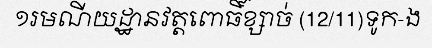
១រមណីយដ្ឋានវត្តពោធិ៍ខ្សាច់ (12/11)ទូក-ង